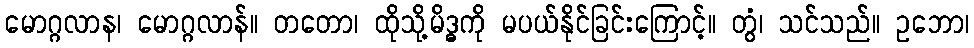
မောဂ္ဂလာန၊ မောဂ္ဂလာန်။ တတော၊ ထိုသို့မိဒ္ဓကို မပယ်နိုင်ခြင်းကြောင့်။ တွံ၊ သင်သည်။ ဥဘော၊